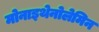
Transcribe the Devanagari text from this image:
मोनाइथेनोलेमिन